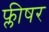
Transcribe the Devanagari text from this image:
फ्लीषर